Annual statistical returns and brief notes on vaccination in Bengal - 1887-1898
Year: 1887
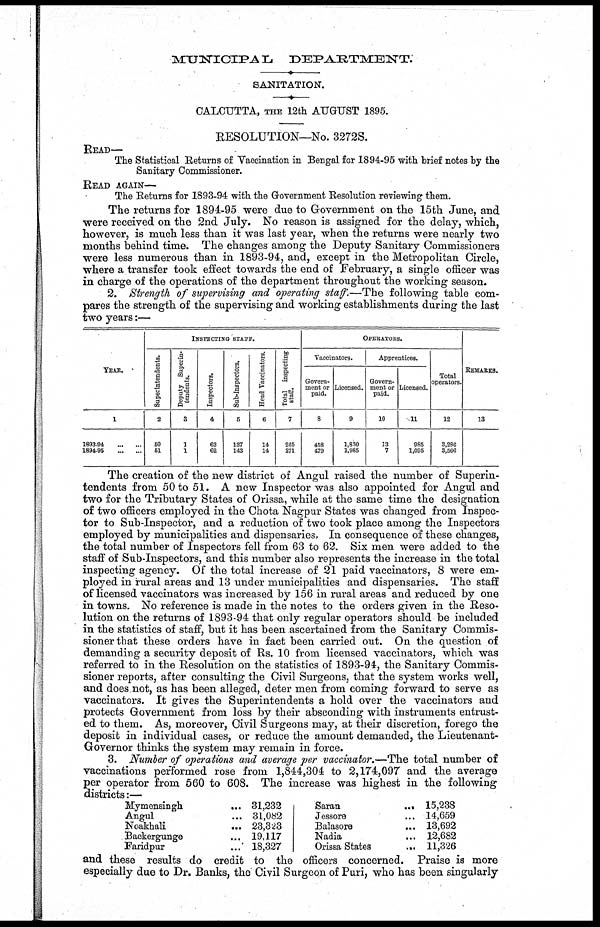
MUNICIPAL
DEPARTMENT.
SANITATION.
CALCUTTA, THE 12th AUGUST 1895.
RESOLUTION—No. 3272S.
READ—
The Statistical Returns of Vaccination in Bengal for 1894-95 with brief notes by the
Sanitary Commissioner.
READ AGAIN—
The Returns for 1893-94 with the Government Resolution reviewing them.
The returns for 1894-95 were due to Government on the 15th June, and
were received on the 2nd July. No reason is assigned for the delay, which,
however, is much less than it was last year, when the returns were nearly two
months behind time. The changes among the Deputy Sanitary Commissioners
were less numerous than in 1893-94, and, except in the Metropolitan Circle,
where a transfer took effect towards the end of February, a single officer was
in charge of the operations of the department throughout the working season.
2. Strength of supervising and operating staff.—The following table com-
pares the strength of the supervising and working establishments during the last
two years:—
YEAR.
1
1893-94
...
...
1894-95
...
...
INSPECTING STAFF.
Superintendents.
2
50
51
Deputy Superin-
tendents.
3
1
1
Inspectors.
4
63
62
Sub-Inspectors.
5
137
143
Head Vaccinators.
6
14
14
Total inspecting
7
265
271
OPERATORS.
Vaccinators.
Govern-
ment or
paid.
8
458
479
Licensed.
9
1,830
1,985
Apprentices.
Govern-
ment or
paid.
10
13
7
Licensed.
11
985
1,095
Total
operators.
12
3,286
3,566
REMARKS.
13
The creation of the new district of Angul raised the number of Superin-
tendents from 50 to 51. A new Inspector was also appointed for Angul and
two for the Tributary States of Orissa, while at the same time the designation
of two officers employed in the Chota Nagpur States was changed from Inspec-
tor to Sub-Inspector, and a reduction of two took place among the Inspectors
employed by municipalities and dispensaries. In consequence of these changes,
the total number of Inspectors fell from 63 to 62. Six men were added to the
staff of Sub-Inspectors, and this number also represents the increase in the total
inspecting agency. Of the total increase of 21 paid vaccinators, 8 were em-
ployed in rural areas and 13 under municipalities and dispensaries. The staff
of licensed vaccinators was increased by 156 in rural areas and reduced by one
in towns. No reference is made in the notes to the orders given in the Reso-
lution on the returns of 1893-94 that only regular operators should be included
in the statistics of staff, but it has been ascertained from the Sanitary Commis-
sioner that these orders have in fact been carried out. On the question of
demanding a security deposit of Rs. 10 from licensed vaccinators, which was
referred to in the Resolution on the statistics of 1893-94, the Sanitary Commis-
sioner reports, after consulting the Civil Surgeons, that the system works well,
and does not, as has been alleged, deter men from coming forward to serve as
vaccinators. It gives the Superintendents a hold over the vaccinators and
protects Government from loss by their absconding with instruments entrust-
ed to them. As, moreover, Civil Surgeons may, at their discretion, forego the
deposit in individual cases, or reduce the amount demanded, the Lieutenant-
Governor thinks the system may remain in force.
3. Number of operations and average per vaccinator.—The total number of
vaccinations performed rose from 1,844,304 to 2,174,097 and the average
per operator from 560 to 608. The increase was highest in the following
districts:—
Mymensingh
...
Angul ...
Noakhali
...
Backergunge ...
Faridpur ...
31,232
31,082
23,323
19,117
18,327
Saran ...
Jessore ...
Balasore ...
Nadia ...
Orissa States
...
15,238
14,659
13,692
12,682
11,326
and these results do credit to the officers concerned. Praise is more
especially due to Dr. Banks, the Civil Surgeon of Puri, who has been singularly